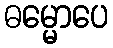
ဓမ္မောပေ